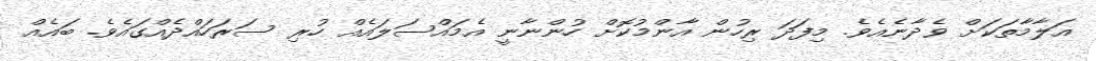
އަލާމާތަކަށް ވެދާނެއެވެ. މިފަދަ ރިހުން އާންމުކޮށް ހުންނާނީ އެމައްސަލައެއް ހުރި ސަރަހައްދެއްގައެވެ. ބައެއް